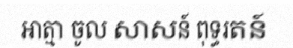
អាត្មា ចូល សាសន៍ ពុទ្ធរតន៍